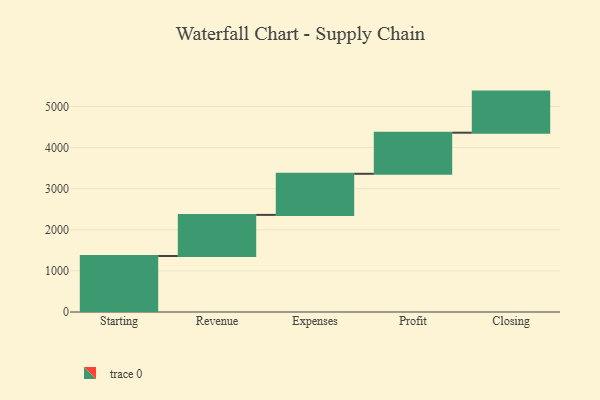
{"axis": {"x": "Step", "y": "Value"}, "legend": [""], "data": [{"x": "Starting", "y": 1363.0, "type": ""}, {"x": "Revenue", "y": 1000, "type": ""}, {"x": "Expenses", "y": 1000, "type": ""}, {"x": "Profit", "y": 1000, "type": ""}, {"x": "Closing", "y": 1000, "type": ""}]}